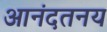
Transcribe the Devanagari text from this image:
आनंदतनय